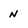
Character: n